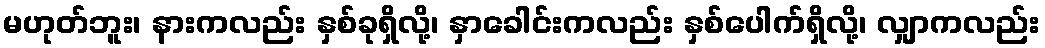
မဟုတ်ဘူး၊ နားကလည်း နှစ်ခုရှိလို့၊ နှာခေါင်းကလည်း နှစ်ပေါက်ရှိလို့၊ လျှာကလည်း